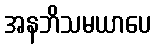
အနဘိသမယာပေ